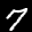
Label: 7